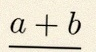
\frac{a+b}{c+d}